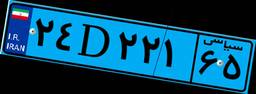
۲۴D۲۲۱۶۵